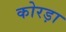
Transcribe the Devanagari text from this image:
कोरड़ा